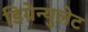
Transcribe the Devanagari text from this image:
डिग्रेन्युलेट